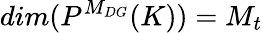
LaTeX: dim(P^{M_{DG}}(K))=M_{t}